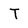
Character: T